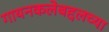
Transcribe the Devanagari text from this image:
गायनकलेबद्दलच्या